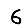
Digit: 6